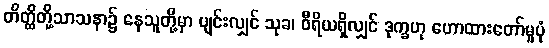
တိတ္ထိတို့သာသနာ၌ နေသူတို့မှာ ပျင်းလျှင် သုခ၊ ဝီရိယရှိလျှင် ဒုက္ခဟု ဟောထားတော်မူပုံ